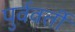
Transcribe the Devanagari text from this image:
पुर्ववर्ती